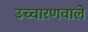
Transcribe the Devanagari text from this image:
उच्चारणवाले